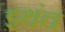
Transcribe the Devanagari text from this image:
इथंच